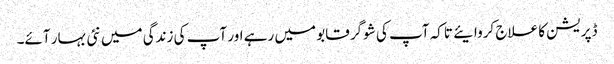
ڈپریشن کا علاج کروایئے تاکہ آپ کی شوگر قابو میں رہے اور آپ کی زندگی میں نئی بہار آئے۔